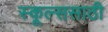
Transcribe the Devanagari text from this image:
स्कूल्ससाठी